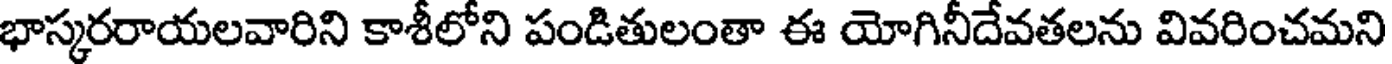
భాస్కరరాయలవారిని కాశీలోని పండితులంతా ఈ యోగినీదేవతలను వివరించమని